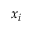
x _ { i }